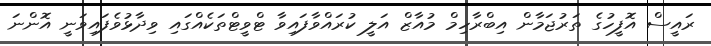
ރައީސް އޮފީހުގެ ތަރުޖަމާން އިބްރާހިމް މުއާޒް އަލީ ކުރައްވާފައިވާ ޓްވީޓްތަކެއްގައި ވިދާޅުވެފައިވަނީ އޮންނަ